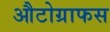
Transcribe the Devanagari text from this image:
औटोग्राफस